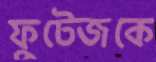
ফুটেজকে